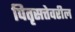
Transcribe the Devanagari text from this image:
पितृसत्तेवरील